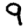
Digit: 9